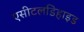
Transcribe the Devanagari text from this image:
एसीटलडिहाइड